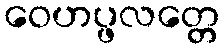
ဝေဟပ္ဖလတ္တေ